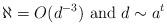
LaTeX: \begin{align*}\aleph =O(d^{-3}) \mbox{ and } d\sim a^t\end{align*}